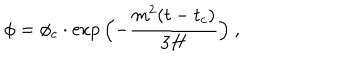
\phi = \phi _ { c } \cdot \exp { \Bigl ( - { \frac { m ^ { 2 } ( t - t _ { c } ) } { 3 H } } \Bigr ) } \ ,